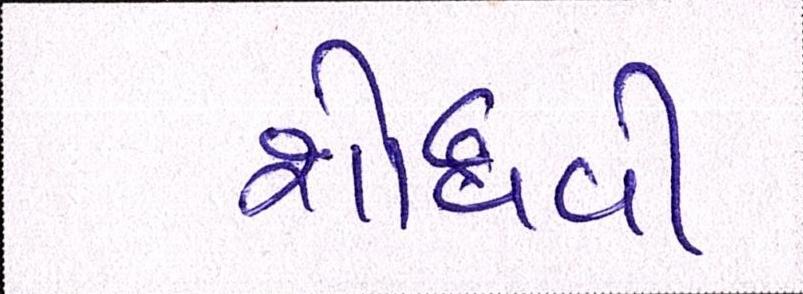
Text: શોધવી